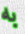
به